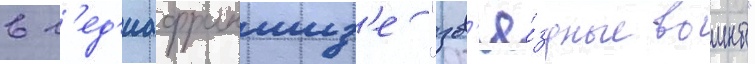
в м'ед'иафраншиз'е "зв'ё́здные воины"